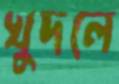
খুদলে